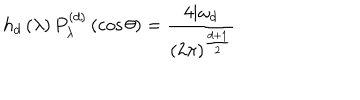
h _ { d } \left( \lambda \right) P _ { \lambda } ^ { \left( d \right) } \left( \cos \theta \right) = \frac { 4 \mathrm { i } \omega _ { d } } { \left( 2 \pi \right) ^ { \frac { d + 1 } { 2 } } }